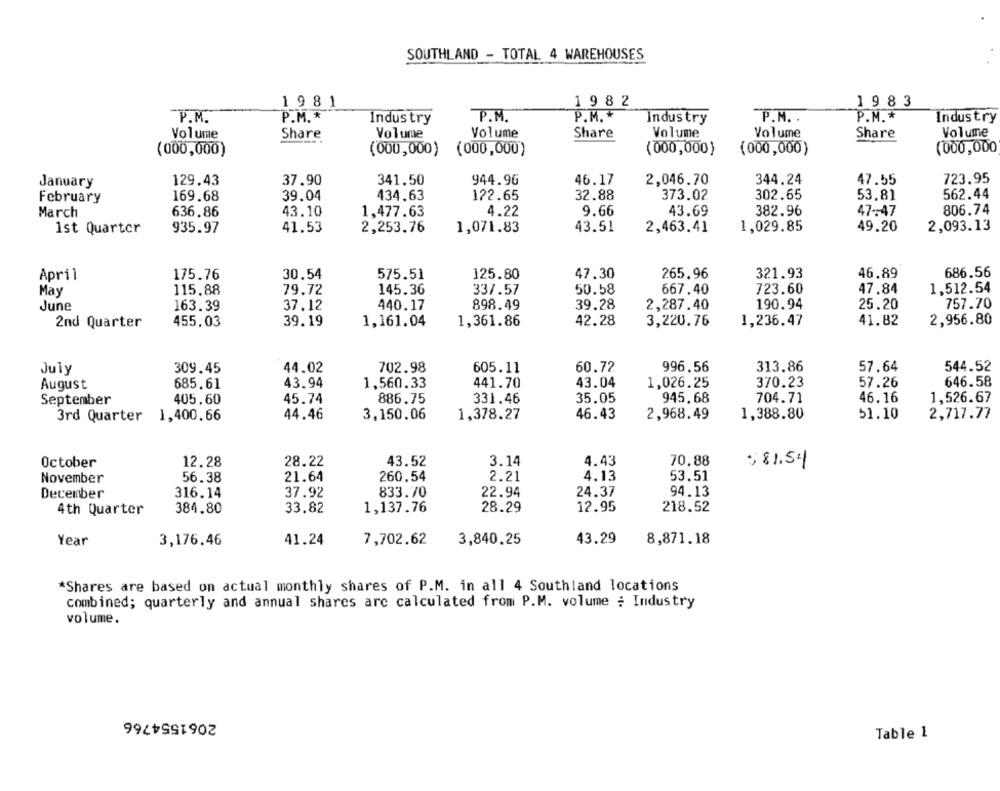
SOUTHLAND - TOTAL 4 WAREHOUSES
1981
1982
1983
P.M.
P.M. *
Industry
P . M.
P.M. *
Industry
P.M. .
P.M .*
Industry
Volume
Share
Volume
Volume
Share
Volume
Volume
Share
Volume
(000,000) (000,000)
(000,000)
(000,000
(000,000)
(000,000)
January
129.43
37.90
341.50
944.96
46.17
2,046.70
344.24
47.55
723.95
February
169.68
39.04
434.63
122.65
32.88
373.02
302.65
53.81
562.44
March
636.86
43.10
1,477.63
4.22
9.66
43.69
382.96
47 -- 47
806.74
1st Quarter
935.97
41.53
2,253.76
1,071.83
43.51
2,463.41
1,029.85
49.20
2,093.13
April
175.76
30.54
575.51
125.80
47.30
265.96
321.93
46.89
686.56
May
115.88
79.72
145.36
337.57
50.58
667.40
723.60
47.84
1,512.54
June
163.39
37.12
440.17
898.49
39.28
2,287.40
190.94
25,20
757.70
2nd Quarter
455,03
39.19
1,161.04
1,361.86
42.28
3,220.76
1,236.47
41.82
2,956.80
July
309.45
44.02
702.98
605.11
60.72
996.56
313.86
57.64
544.52
August
685.61
43.94
1,560.33
441.70
43.04
1,026.25
370.23
57.26
646.58
September
405,60
45.74
886.75
331.46
35.05
945.68
704.71
46.16
1,526.67
3rd Quarter
1,400.66
44.46
3,150.06
1,378.27
46.43
2,968.49
1,388.80
51.10
2,717.77
October
12.28
28.22
43.52
3.14
4.43
70.88
; 81.54
4.13
53.51
November
56.38
21.64
260.54
2.21
94.13
December
316.14
37.92
833.70
22.94
24.37
4th Quarter
384.80
33.82
1,137.76
28.29
12.95
218.52
Year
3,176.46
41.24
7,702.62
3,840.25
43.29
8,871.18
*Shares are based on actual monthly shares of P.M. in all 4 Southland locations
combined; quarterly and annual shares are calculated from P.M. volume : Industry
volume.
2061554766
Table 1